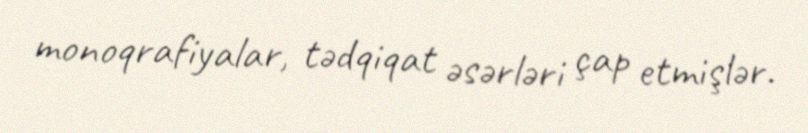
monoqrafiyalar, tədqiqat əsərləri çap etmişlər.